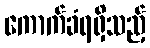
ကောက်ခံရရှိသည့်